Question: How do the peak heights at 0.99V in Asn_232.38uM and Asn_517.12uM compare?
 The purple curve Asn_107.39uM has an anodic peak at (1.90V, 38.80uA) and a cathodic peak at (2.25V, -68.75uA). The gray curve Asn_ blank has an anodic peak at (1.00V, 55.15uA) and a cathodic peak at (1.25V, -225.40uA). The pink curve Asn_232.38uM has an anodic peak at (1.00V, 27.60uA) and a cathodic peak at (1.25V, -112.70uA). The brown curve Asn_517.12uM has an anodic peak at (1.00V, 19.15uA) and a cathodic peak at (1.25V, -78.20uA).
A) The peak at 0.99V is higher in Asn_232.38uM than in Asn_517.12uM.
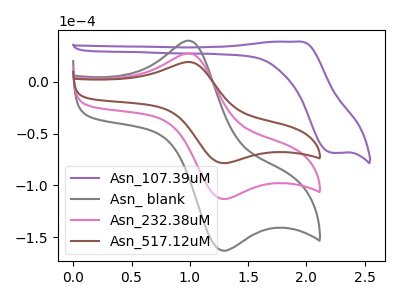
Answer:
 <answer>A) The peak at 0.99V is higher in "Asn_232.38uM" than in "Asn_517.12uM".</answer>
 <eval>A</eval>